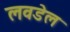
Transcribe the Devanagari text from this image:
लवडेल